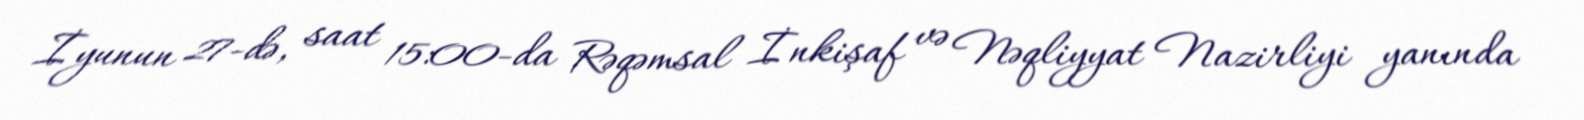
İyunun 27-də, saat 15:00-da Rəqəmsal İnkişaf və Nəqliyyat Nazirliyi yanında